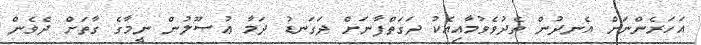
އަހަރެންނަށް އެނދުން ތެދުވެވުމާއިއެކު ދަގަތްފާނަށް ދަގަނޑު ދަމާ ޢުޞޫލުން ނީމާގެ ގާތަށް ދެވެން